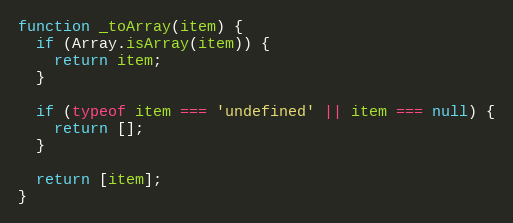
Language: JavaScript
function _toArray(item) {
  if (Array.isArray(item)) {
    return item;
  }

  if (typeof item === 'undefined' || item === null) {
    return [];
  }

  return [item];
}